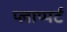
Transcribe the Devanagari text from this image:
प्लाप्पर्ट